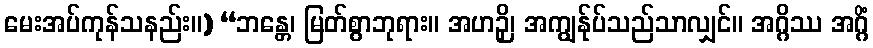
မေးအပ်ကုန်သနည်း။) “ဘန္တေ၊ မြတ်စွာဘုရား။ အဟဉှိ၊ အကျွန်ုပ်သည်သာလျှင်။ အဂ္ဂိဿ အဂ္ဂိံ